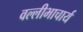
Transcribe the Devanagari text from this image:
वल्लीभाचार्य